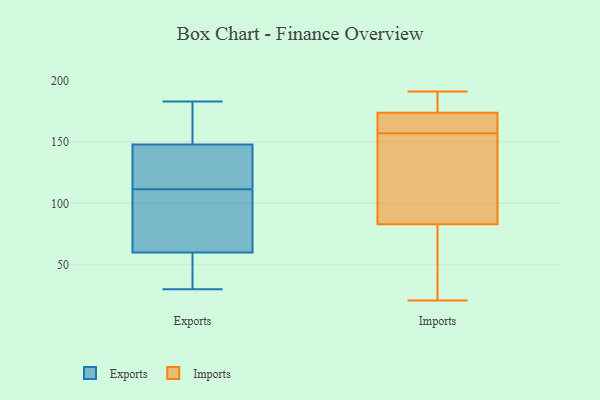
{"axis": {"x": "Revenue (USD Million)", "y": "Value"}, "legend": ["Exports", "Imports"], "data": [{"x": "", "y": 53, "type": "Exports"}, {"x": "", "y": 60, "type": "Exports"}, {"x": "", "y": 30, "type": "Exports"}, {"x": "", "y": 95, "type": "Exports"}, {"x": "", "y": 130, "type": "Exports"}, {"x": "", "y": 175, "type": "Exports"}, {"x": "", "y": 148, "type": "Exports"}, {"x": "", "y": 151, "type": "Exports"}, {"x": "", "y": 84, "type": "Exports"}, {"x": "", "y": 131, "type": "Exports"}, {"x": "", "y": 43, "type": "Exports"}, {"x": "", "y": 128, "type": "Exports"}, {"x": "", "y": 183, "type": "Exports"}, {"x": "", "y": 66, "type": "Exports"}, {"x": "", "y": 157, "type": "Imports"}, {"x": "", "y": 80, "type": "Imports"}, {"x": "", "y": 21, "type": "Imports"}, {"x": "", "y": 86, "type": "Imports"}, {"x": "", "y": 182, "type": "Imports"}, {"x": "", "y": 162, "type": "Imports"}, {"x": "", "y": 164, "type": "Imports"}, {"x": "", "y": 191, "type": "Imports"}, {"x": "", "y": 31, "type": "Imports"}, {"x": "", "y": 171, "type": "Imports"}, {"x": "", "y": 84, "type": "Imports"}, {"x": "", "y": 189, "type": "Imports"}, {"x": "", "y": 93, "type": "Imports"}]}